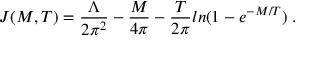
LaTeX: J ( M , T ) = \frac { \Lambda } { 2 \pi ^ { 2 } } - \frac { M } { 4 \pi } - \frac { T } { 2 \pi } l n ( 1 - e ^ { - M / T } ) \; .